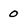
Character: 0